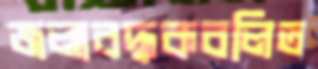
জলাবদ্ধকবলিত